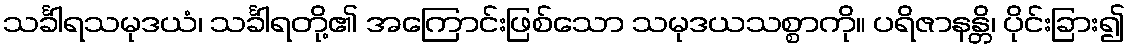
သင်္ခါရသမုဒယံ၊ သင်္ခါရတို့၏ အကြောင်းဖြစ်သော သမုဒယသစ္စာကို။ ပရိဇာနန္တိ၊ ပိုင်းခြား၍